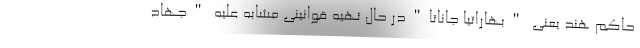
حاکم هند یعنی "بهاراتیا جاناتا"در حال تهیه قوانینی مشابه علیه "جهاد